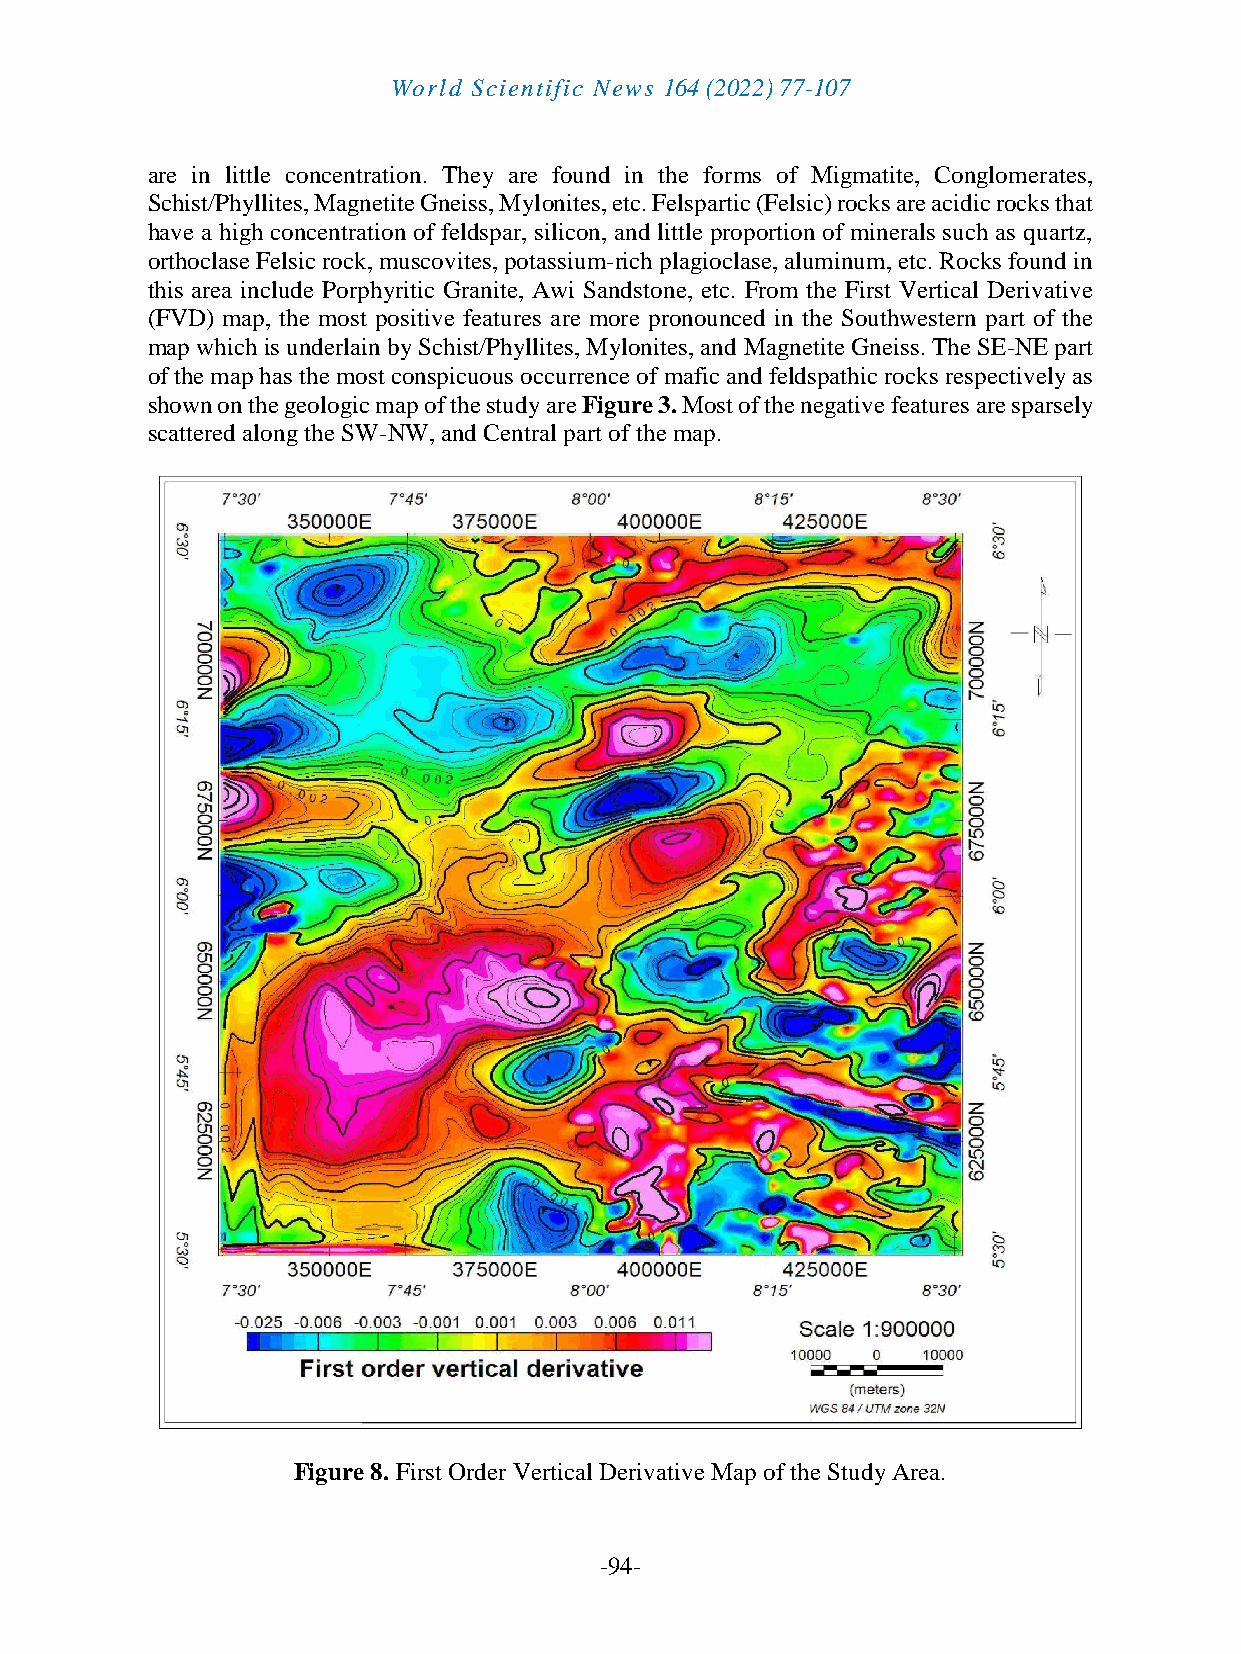
World Scientific News 164 (2022) 77-107
 are in little concentration. They are found in the forms of Migmatite, Conglomerates,
 Schist/Phyllites, Magnetite Gneiss, Mylonites, etc. Felspartic (Felsic) rocks are acidic rocks that
 have a high concentration of feldspar, silicon, and little proportion of minerals such as quartz,
 orthoclase Felsic rock, muscovites, potassium-rich plagioclase, aluminum, etc. Rocks found in
 this area include Porphyritic Granite, Awi Sandstone, etc. From the First Vertical Derivative
 (FVD) map, the most positive features are more pronounced in the Southwestern part of the
 map which is underlain by Schist/Phyllites, Mylonites, and Magnetite Gneiss. The SE-NE part
 of the map has the most conspicuous occurrence of mafic and feldspathic rocks respectively as
 shown on the geologic map of the study are Figure 3. Most of the negative features are sparsely
 scattered along the SW-NW, and Central part of the map.
 Figure 8. First Order Vertical Derivative Map of the Study Area.
 -94-